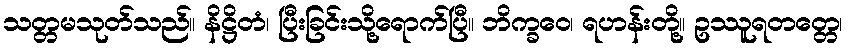
သတ္တမသုတ်သည်။ နိဋ္ဌိတံ၊ ပြီးခြင်းသို့ရောက်ပြီ။ ဘိက္ခဝေ၊ ရဟန်းတို့။ ဥဿူရတတ္တေ၊